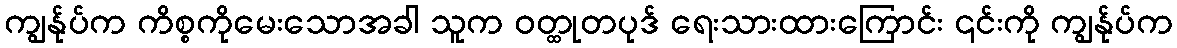
ကျွန်ုပ်က ကိစ္စကိုမေးသောအခါ သူက ဝတ္ထုတပုဒ် ရေးသားထားကြောင်း ၎င်းကို ကျွန်ုပ်က